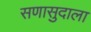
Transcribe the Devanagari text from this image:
सणासुदाला